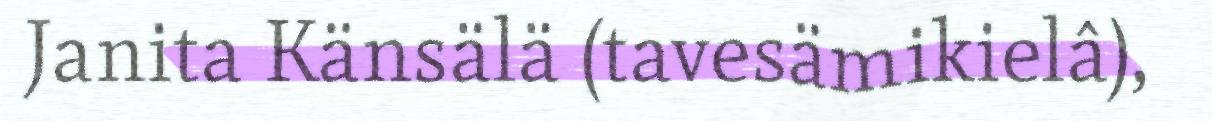
Janita Känsälä (tavesämikielâ),